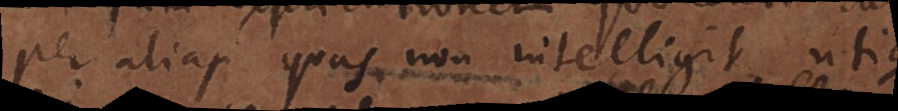
per alias quas non intelligit utique